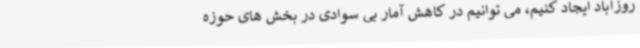
روزآباد ایجاد کنیم، می توانیم در کاهش آمار بی سوادی در بخش های حوزه